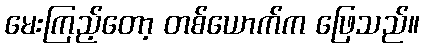
မေးကြည့်တော့ တစ်ယောက်က ဖြေသည်။